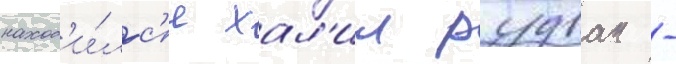
наход'и́лс'я хал'ил рудван -